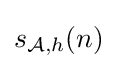
s_{{\mathcal {A}},h}(n)